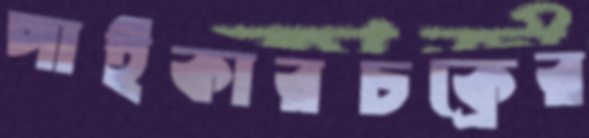
পাইকারচক্রের